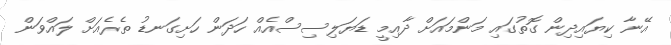
އޭނާ ކިޔައިދިން ގޮތުގައި މަންމައަށް ދާއިމީ ޑަޔަލިސިސްއެއް ހަދަން ހަށިގަނޑު ތެރެއަށް ލައްވަން